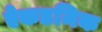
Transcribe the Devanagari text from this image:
ऐकडमिक